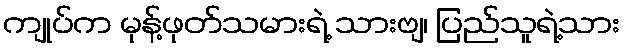
ကျုပ်က မုန့်ဖုတ်သမားရဲ့ သားဗျ၊ ပြည်သူရဲ့သား